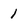
Character: 1